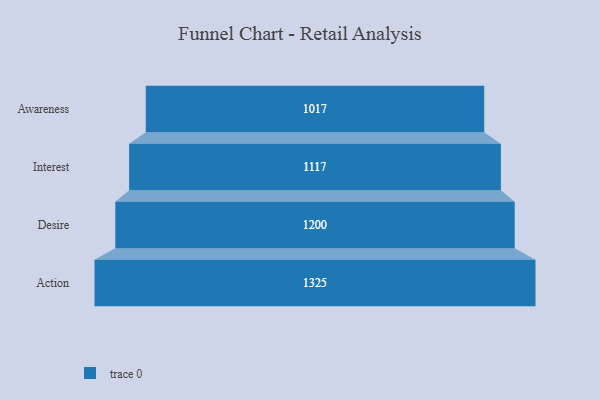
{"axis": {"x": "Stage", "y": "Value"}, "legend": [""], "data": [{"x": "Awareness", "y": 1017.0, "type": ""}, {"x": "Interest", "y": 1117.0, "type": ""}, {"x": "Desire", "y": 1200.0, "type": ""}, {"x": "Action", "y": 1325.0, "type": ""}]}